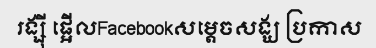
រង្ស៊ី ផ្អើលFacebookសម្តេចសង្ឃ ប្រកាស